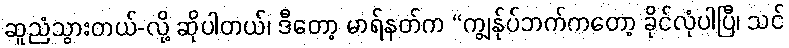
ဆူညံသွားတယ်-လို့ ဆိုပါတယ်၊ ဒီတော့ မာရ်နတ်က “ကျွန်ုပ်ဘက်ကတော့ ခိုင်လုံပါပြီ၊ သင်